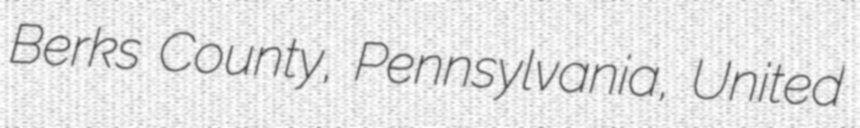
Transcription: Berks County, Pennsylvania, United